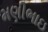
મણીભાઇ